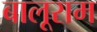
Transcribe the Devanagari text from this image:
बालूराम